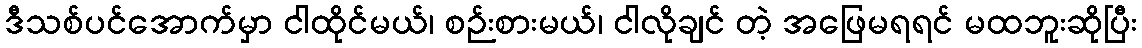
ဒီသစ်ပင်အောက်မှာ ငါထိုင်မယ်၊ စဉ်းစားမယ်၊ ငါလိုချင် တဲ့ အဖြေမရရင် မထဘူးဆိုပြီး